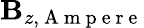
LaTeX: \mathbf{B}_{z,\mathrm{{~A~m~p~e~r~e~}}}